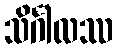
သိင်္ဂါလဿ